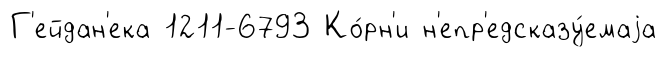
Г'ейдан'ека 1211-6793 Ко́рн'и н'епр'едсказу́емаjа